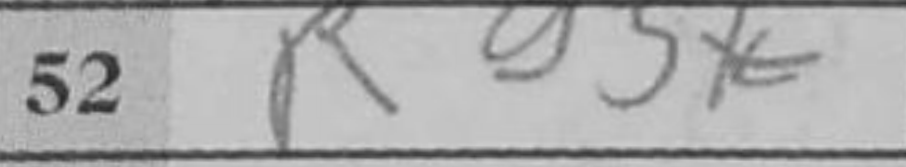
Transcription: Rg5+